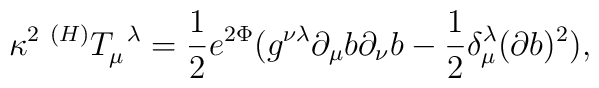
{\kappa }^2\;^{(H)}T_\mu ^{\;\;\lambda }=\frac 12e^{2\Phi }(g^{\nu \lambda}\partial _\mu b\partial _\nu b-\frac 12\delta _\mu ^\lambda (\partial b)^2),